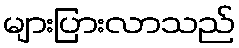
များပြားလာသည်